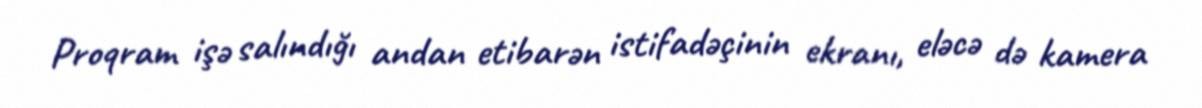
Proqram işə salındığı andan etibarən istifadəçinin ekranı, eləcə də kamera